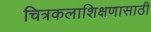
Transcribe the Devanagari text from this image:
चित्रकलाशिक्षणासाठी